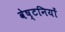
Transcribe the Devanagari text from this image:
वेष्टनियों